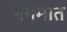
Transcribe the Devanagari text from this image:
नगमात